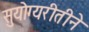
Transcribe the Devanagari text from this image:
सुयोग्यरीतीने